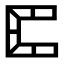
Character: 𠥓